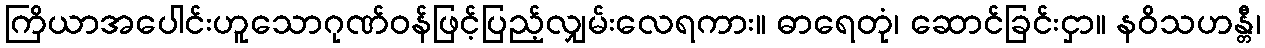
ကြိယာအပေါင်းဟူသောဂုဏ်ဝန်ဖြင့်ပြည့်လျှမ်းလေရကား။ ဓာရေတုံ၊ ဆောင်ခြင်းငှာ။ နဝိသဟန္တီ၊